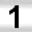
Digit: 1